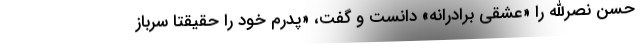
حسن نصرالله را «عشقی برادرانه» دانست و گفت، «پدرم خود را حقیقتا سرباز